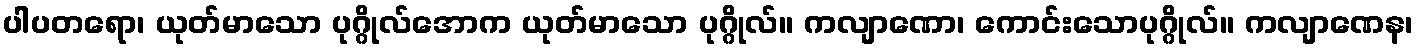
ပါပတရော၊ ယုတ်မာသော ပုဂ္ဂိုလ်အောက ယုတ်မာသော ပုဂ္ဂိုလ်။ ကလျာဏော၊ ကောင်းသောပုဂ္ဂိုလ်။ ကလျာဏေန၊